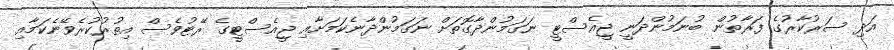
އަދި ސަރުކާރުގެ ފަރާތުން ބުނަމުންދަނީ ޖީއެސްޓީ ނަގަމުންދާގޮތަށް ނަގަމުންދާނެކަމަށާއި ޖީއެސްޓީގެ ރޭޓުވެސް އިތުރުކުރެވޭނެކަމާއި